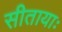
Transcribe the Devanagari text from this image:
सीतायाः